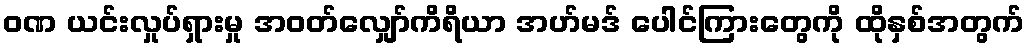
ဝဏ ယင်းလှုပ်ရှားမှု အဝတ်လျှော်ကိရိယာ အဟ်မဒ် ပေါင်ကြားတွေကို ထိုနှစ်အတွက်